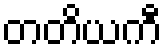
တတိယကီ